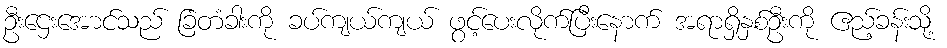
ဦးဌေးအောင်သည် ခြံတံခါးကို ခပ်ကျယ်ကျယ် ဖွင့်ပေးလိုက်ပြီးနောက် အရာရှိနှစ်ဦးကို ဧည့်ခန်းသို့